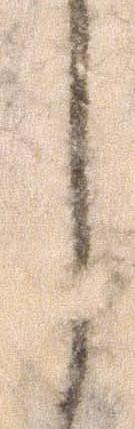
謹